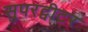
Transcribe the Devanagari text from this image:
सुपरट्वीटर